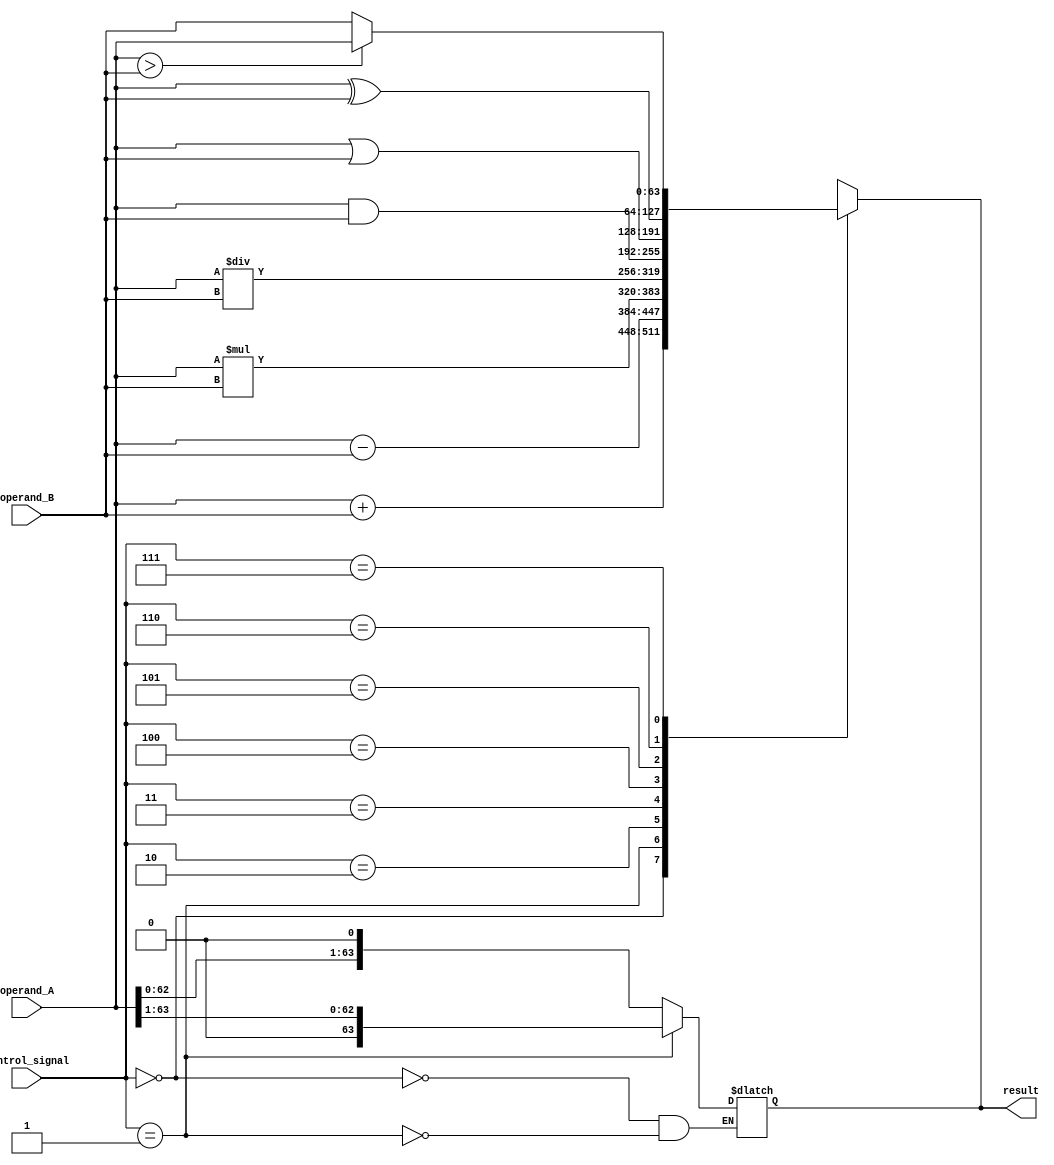
module ALU_64bit (
    input [63:0] operand_A,
    input [63:0] operand_B,
    input [2:0] control_signal,
    output reg [63:0] result
);

// Adder block
always @(*)
begin
    case(control_signal)
        3'b000: result = operand_A + operand_B; // Addition
        3'b001: result = operand_A - operand_B; // Subtraction
        3'b010: result = operand_A * operand_B; // Multiplication
        3'b011: result = operand_A / operand_B; // Division
        3'b100: result = operand_A & operand_B; // Bitwise AND
        3'b101: result = operand_A | operand_B; // Bitwise OR
        3'b110: result = operand_A ^ operand_B; // Bitwise XOR
        3'b111: begin
            if(operand_A > operand_B)
                result = operand_A;
            else
                result = operand_B;
        end // Maximum value
    endcase
end

// Shifters
always @(*)
begin
    case(control_signal)
        3'b000: result = operand_A << 1; // Left shift
        3'b001: result = operand_A >> 1; // Right shift
    endcase
end

endmodule